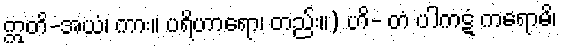
ဣတိ-အယံ၊ ကား။ ပရိဟာရော၊ တည်း။) ဟိ- တံ ပါကဋံ ကရောမိ၊